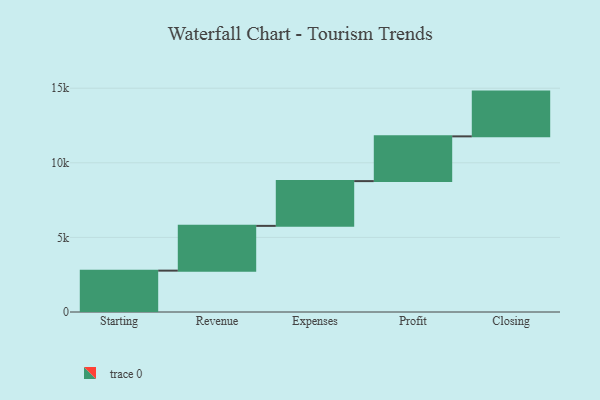
{"axis": {"x": "Step", "y": "Value"}, "legend": [""], "data": [{"x": "Starting", "y": 2773.0, "type": ""}, {"x": "Revenue", "y": 3000, "type": ""}, {"x": "Expenses", "y": 3000, "type": ""}, {"x": "Profit", "y": 3000, "type": ""}, {"x": "Closing", "y": 3000, "type": ""}]}